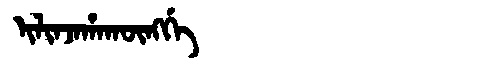
Manchu: ᡳᠯᡳᠨᠵᠠᡥᠠᡴᡡᠩᡤᡝ
Romanization: ILINJAHAKŪNGGE